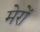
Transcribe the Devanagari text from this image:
मेरों